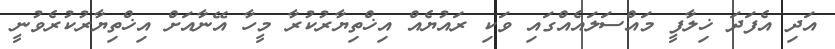
އަދި އެފަދަ ޚިލާފީ މައްސަލައެއްގައި ވަކި ރައުޔެއް އިޚްތިޔާރުކުރާ މީހާ އޭނާއަށް އިޚްތިޔާރުކުރެވުނީ